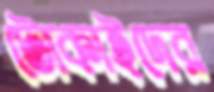
টোকাইদের